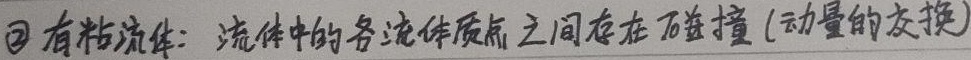
\textcircled{2} 有粘流体：流体中的各流体质点之间存在碰撞 (动量的交换)